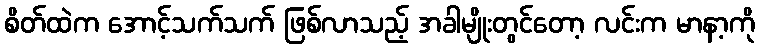
စိတ်ထဲက အောင့်သက်သက် ဖြစ်လာသည့် အခါမျိုးတွင်တော့ လင်းက မာနာ့ကို